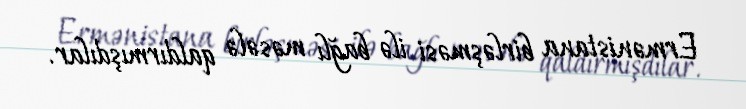
Ermənistana birləşməsi ilə bağlı məsələ qaldırmışdılar.